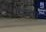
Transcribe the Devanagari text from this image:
रैम्या